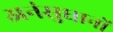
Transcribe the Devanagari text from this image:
अनंसुधानों